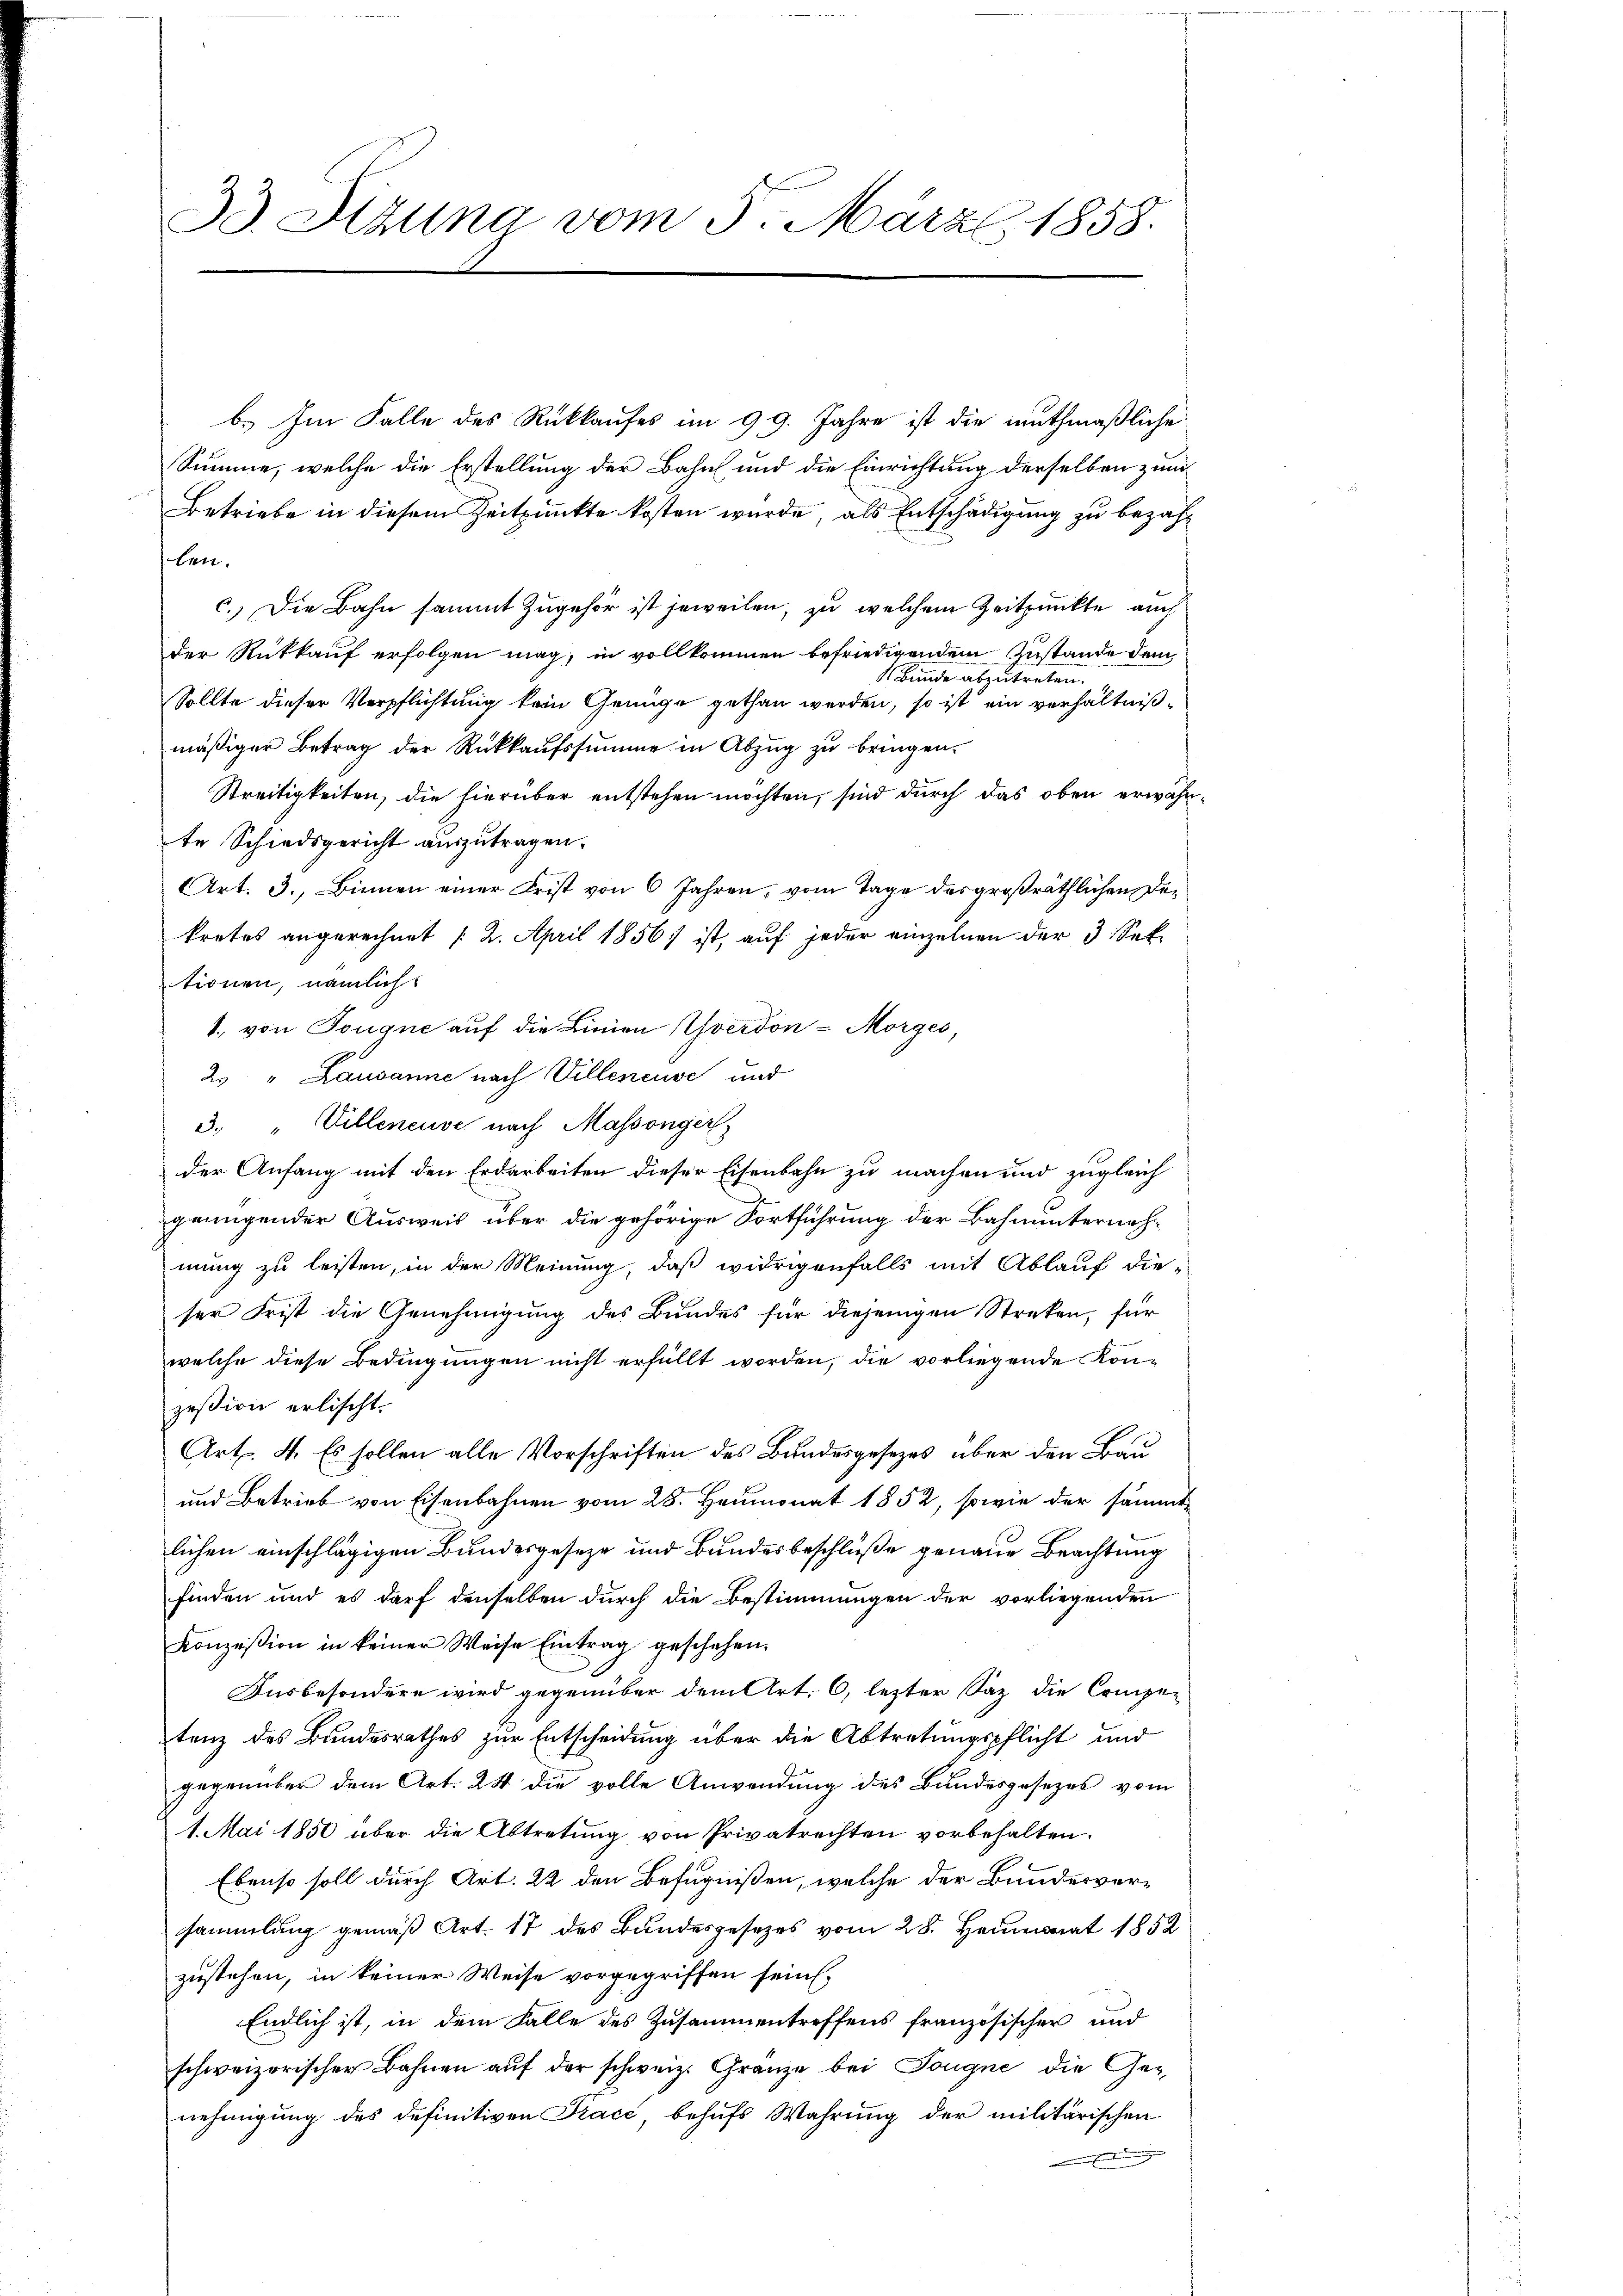
33. Stzung vom 5. März l. 1858.

b. Im Falle des Rückkaufes im 99. Jahre ist die muthmaßliche
Summe, welche die Erstellung der Bahn und die Einrichtung derselben zum
Betriebe in diesem Zeitpunkte kosten würde, als Entschädigung zu bezahben.
c.) Die Bahn sammt zugehör ist jeweilen, zu welchem Zeitpunkte auch
der Rückkauf erfolgen mag, in vollkommen befriedigendem Zustande dem
Bunde abzutreten.
Sollte dieser Verpflichtung kein Genüge gethan werden, so ist ein verhältnißmäßiger Betrag der Rückkaufssumme in Abzug zu bringen.
Streitigkeiten, die hierüber entstehen möchten, sind durch das oben erwähnte Schiedsgericht auszutragen.
Art. 3., Binnen einer Frist von 6 Jahren, vom Tage des großräthlichen Detretes angerechnet (2. April 1856) ist, auf jeder einzelnen der 3 Sek
tionen, nämlich
1. von Tougne auf die Linien verdon - Morges
2. " Lausanne nach Villeneuve und
3. " Villeneuve nach Massönger
der Anfang mit den Erdarbeiten dieser Eisenbahn zu machen und zugleich
genügender Ausweis über die gehörige Fortführung der Bahnunternehmung zu leisten, in der Meinung, daß widrigenfalls mit Ablauf dieser Frist die Genehmigung des Bundes für diejenigen Streken, für
welche diese Bedingungen nicht erfüllt worden, die vorliegende Konzesion erlischt.
Art. 4. Es sollen alle Vorschriften des Bundesgesezes über den Bau
und Betrieb von Eisenbahnen vom 28. Heumonat 1852, sowie der sämmtlichen einschlägigen Bundesgeseze und Bundesbeschlüße genaue Beachtung
finden und es darf denselben durch die Bestimmungen der vorliegenden
Konzession in keiner Weise Eintrag geschehen.
Ausbesondere wird gegenüber dem Art. 6, letzter Saz die Competenz des Bundesrathes zur Entscheidung über die Abtretungspflicht und
gegenüber dem Art. 24 die volle Anwendung des Bundesgesezes vom
1. Mai 1850 über die Abtretung von Privatrechten vorbehalten.
Ebenso soll durch Art. 22 den Befugnißen, welche der Bundesversammlung gemäß Art. 17 des Bandesgesezes vom 28. Heumonat 1852
zustehen, in keiner Weise vorgegriffen sein.
Endlich ist, in dem Falle des Zusammentreffens französischer und
schweizerischer Bahnen auf der schweiz. Gränze bei Tougne die Genehmigung des definitiven Kracc behŭfs Wahrŭng der militärischen
 sendungen